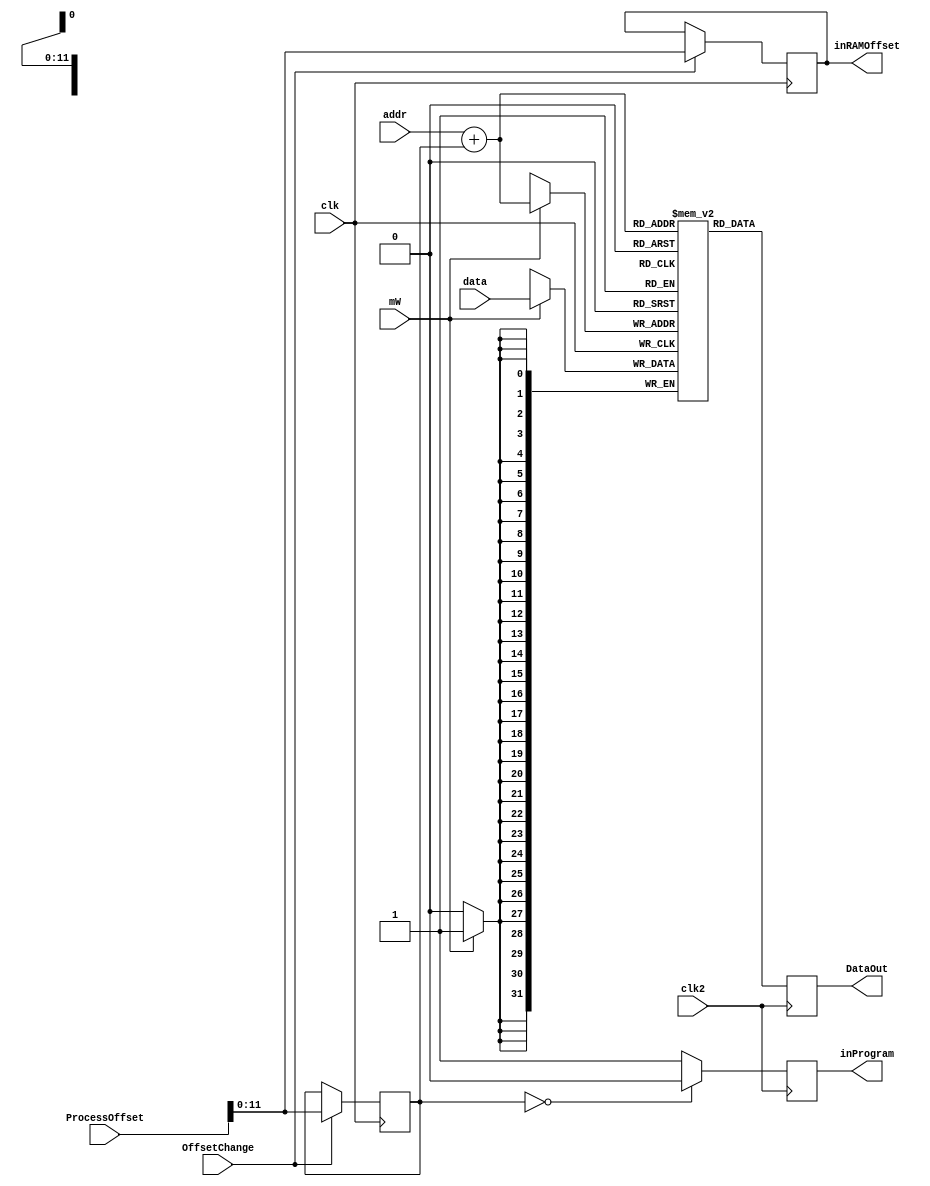
module RAM
(
	input [31:0] data,
	input [11:0] addr,
	input mW,clk,clk2,
	output reg [31:0] DataOut,
	input [31:0] ProcessOffset,
	input OffsetChange,
	output reg [11:0] inRAMOffset, 
	output reg inProgram
);
	reg [31:0] ram[3178:0];
	reg [11:0] Offset;
	
	initial begin
		Offset = 12'b000000000000;
	end
	
	always @ (negedge clk)begin
		if (mW)begin
			ram[addr+Offset] <= data;
		end
		if(OffsetChange)begin
			Offset = ProcessOffset[11:0];
			inRAMOffset = Offset;
		end
	end 
	always @ (negedge clk2)begin
		DataOut <= ram[addr+Offset];
		if (!Offset)begin
			inProgram <= 0;
		end
		else begin
			inProgram <= 1;
		end
	end
endmodule